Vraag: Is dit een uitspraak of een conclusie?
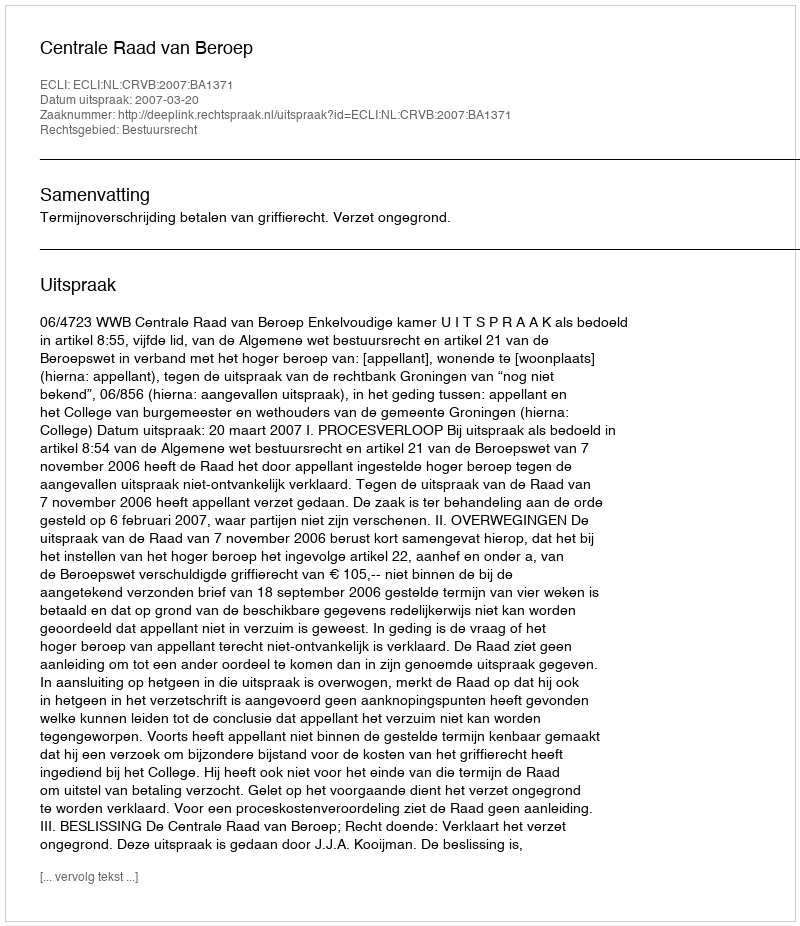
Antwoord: Uitspraak